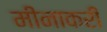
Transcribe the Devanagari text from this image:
मीनाकरी